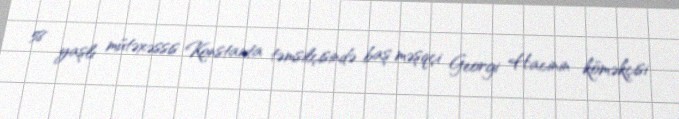
58 yaşlı mütəxəssis Konstanta təmsilçisində baş məşqçi Georgi Hacinin köməkçisi